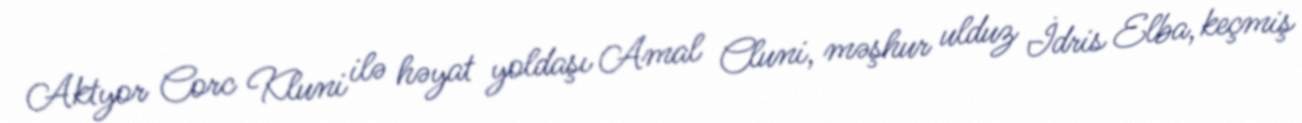
Aktyor Corc Kluni ilə həyat yoldaşı Amal Cluni, məşhur ulduz İdris Elba, keçmiş